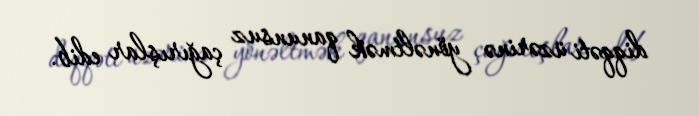
diqqəti üzərinə yönəltmək qanunsuz çağırışlar edib.